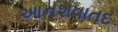
આનશવાતદ